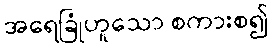
အရေခြုံဟူသော စကားစ၍